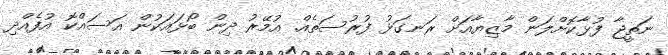
ނަތީޖާ ފުޅާކޮށްލަން މާޒިޔާއަށް ރަނގަޅު ފުރުސަތެއް. އުމޭރު ދިން ބޯޅައަކުން އަސައްކޮ އުފެއްދި